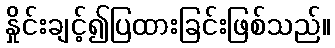
နှိုင်းချင့်၍ပြထားခြင်းဖြစ်သည်။